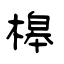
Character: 槔